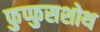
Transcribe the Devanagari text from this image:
फुप्फुसशोथ